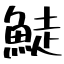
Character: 鯐